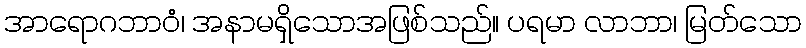
အာရောဂဘာဝံ၊ အနာမရှိသောအဖြစ်သည်။ ပရမာ လာဘာ၊ မြတ်သော